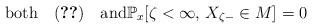
LaTeX: \begin{align*}\textrm{both}\quad\eqref{eq:X-continuous}\quad\textrm{and}\mathbb{P}_{x}[\zeta<\infty,\,X_{\zeta-}\in M]=0\end{align*}